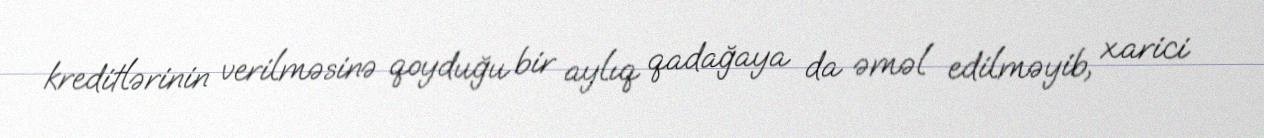
kreditlərinin verilməsinə qoyduğu bir aylıq qadağaya da əməl edilməyib, xarici